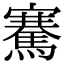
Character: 騫